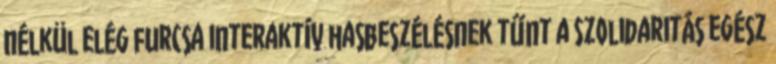
nélkül elég furcsa interaktív hasbeszélésnek tűnt a Szolidaritás egész